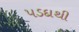
પડદાથી